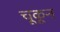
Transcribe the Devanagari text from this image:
चूकून